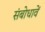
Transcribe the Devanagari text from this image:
संबोधावें